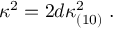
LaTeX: \kappa ^ { 2 } = 2 d \kappa _ { ( 1 0 ) } ^ { 2 } \; .